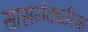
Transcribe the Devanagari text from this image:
सासनंकाठीचा